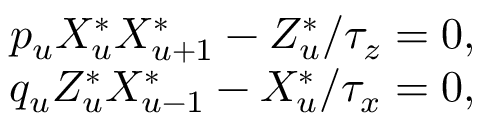
\begin{array} { r } { p _ { u } X _ { u } ^ { * } X _ { u + 1 } ^ { * } - Z _ { u } ^ { * } / \tau _ { z } = 0 , } \\ { q _ { u } Z _ { u } ^ { * } X _ { u - 1 } ^ { * } - X _ { u } ^ { * } / \tau _ { x } = 0 , } \end{array}